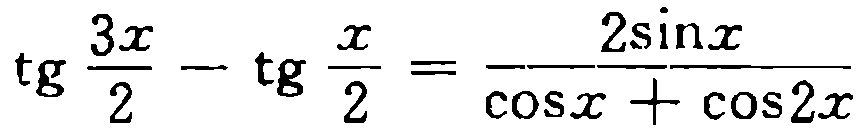
\(\tg \frac{3x}{2}-\tg \frac{x}{2}=\frac{2\sin x}{\cos x+\cos 2x}\)